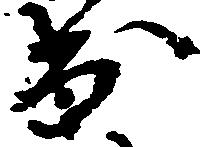
出